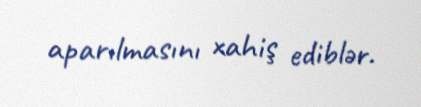
aparılmasını xahiş ediblər.